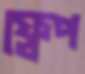
ফ্লেপ